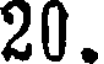
20.